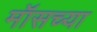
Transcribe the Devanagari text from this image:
मॉसच्या